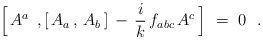
\begin{align*} \Bigl[\, A^a \;\, , [\, A_a \, , \, A_b\, ] \, - \, \frac{i}{k}\, f_{a b c}\, A^c \,\Bigr] \ = \ 0 \ \ .\end{align*}